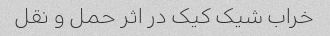
خراب شیک کیک در اثر حمل و نقل